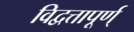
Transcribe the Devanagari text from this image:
विद्वत्तापूर्ण्‌